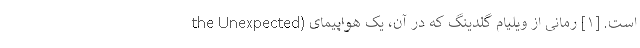
the Unexpected) است. [۱] رمانی از ویلیام گلدینگ که در آن، یک هواپیمای